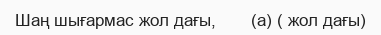
Шаң шығармас жол дағы,       (а) ( жол дағы)